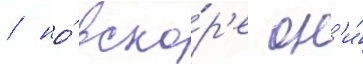
/ но́ вско́р'е он'и́